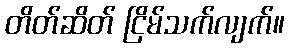
တိတ်ဆိတ် ငြိမ်သက်လျက်။